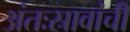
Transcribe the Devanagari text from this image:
अंतःस्रावांची